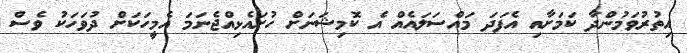
އިތުރުވަމުންދާ ކަމަށާއި އެފަދަ މައްސަލައެއް އެ ކޮމިޝަނަށް ހުށައެޅިއްޖެނަމަ އެމީހަކަށް ދުވަހަކު ވެސް